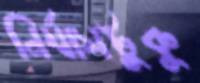
নির্যাসটুকু